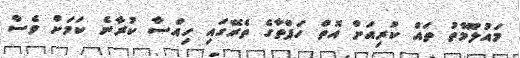
މައުލޫމާތު ތައް ކުރިއަށް އޮތް ހަފްތާގެ ތެރޭގައި ހިއްސާ ކުރާނެ ކަމަށް ވެސް